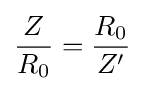
{\frac {Z}{R_{0}}}={\frac {R_{0}}{Z'}}